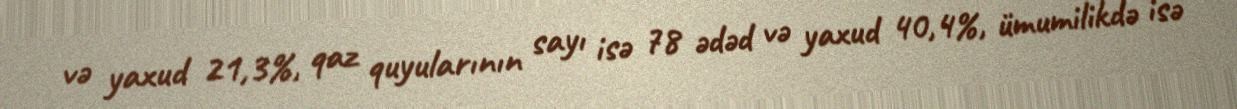
və yaxud 21,3%, qaz quyularının sayı isə 78 ədəd və yaxud 40,4%, ümumilikdə isə